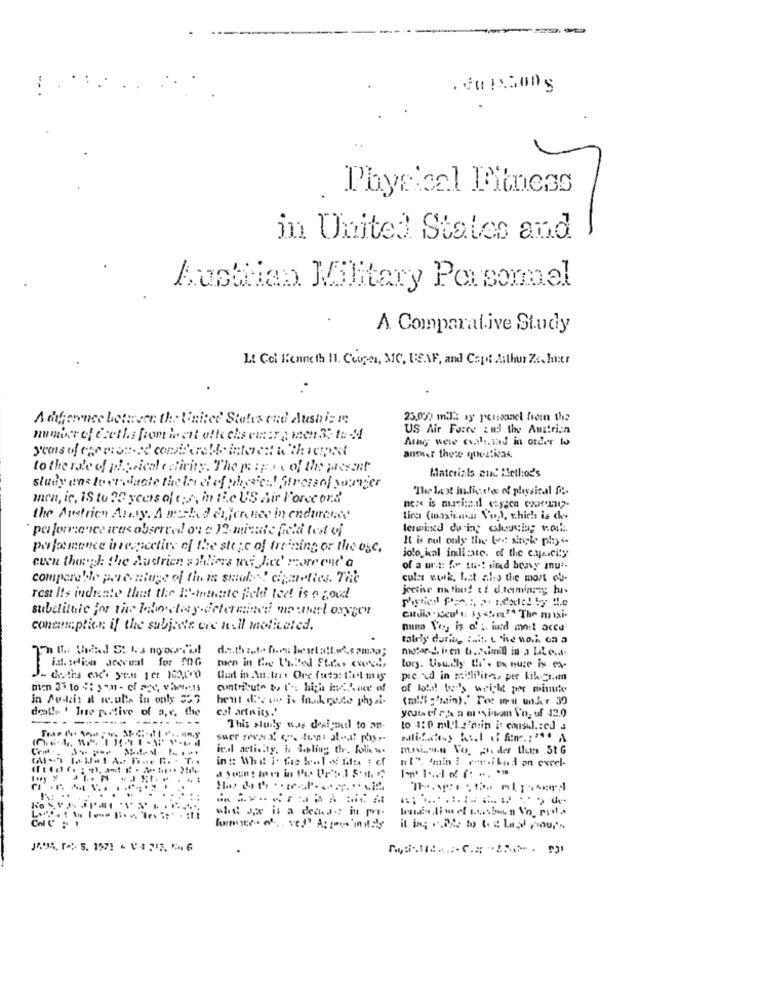
Physical Fitness
in United States and
Austrian Military Personnel
A Comparative Study
LA Cci Kenneth 11. Ceogen, MC, UEAF, and Capt Mithur Zachner
A diference between the United States cad Ausbizi
25.000 mil2: ay personel from the
US Air Force and the Austrian
number of ecethis from went offe chs einer ; inen 33 1: 41
Arag were cool. id in order to
answer these quealitas.
to the role of physical activity. The papas of the present
Materials and ifetl:od's
study uns lo eralacte the lon el of physics! Stressof yomiger
The lex! hadicefos of physical fi ..
men, ic, IS tu 32 ycers of er, in ii.e US Air Force ord
the Avetrien Anty. A minha J & jerdie in endurecer
tira (masinnou Voc), t.hich is ch-
performance was observed ou e 12 minute feld test of
termined du in; alucia; toul :.
It is nul only the Lec singh ply4-
performance inrespective of the siege of trening or the ogc.
jolo kal indicate. of the c.ya.city
even though: the Ausrien a milions wei hed' more ond' a
of a ur .:: fw tu -! sired heavy mur.
compare bhe percentage of the m smul: "" ciaolies. Třic
culat wwk, Lat als the most of-
rest It's indicate that the P-mentete feld tee! is a good
subelittle for the llo dray-determined monet oxyper
citdia "seul : 1) <tim.2ª The maxi-
conamplien if the subjects ere till motivated.
numa Voy is o' ;. iud mot acca.
tately during ist. L the nail on a
de.thisto fien bearta !!... 52map;
motar.g. i.en t.osimil in a lite ...
i. seliun acerwat for !OG
tory. Usually tl'. ou hure is ca-
that in Autea . Ore fueto: Leel mis
pe ud in milliliter, per Lik-gs.im
amtribute to l'e high inveck ace of
of lohi! be''s weight por minute
hent d'e wie is inaderude physi-
(mill :'min)." Toe wou under 30
death ' Irre portive of a,e, the
col arti its.'
youtati Ph a msinamn Vo, of 42.0
----------
This study was dealgaed to an-
to 4:0 ml/L2'nin i: consul .: ed J
ical activity, ho teling the. folie ..
in :: Whit 1. fre bol od Mifu : of
nl". "min i. er.ibad an excel-
whe Jpx is a decha .; in pri-
it ing .. 22. to & t Lagd pour's
JADR. re: 5. 1971 - 04 715. 1.6